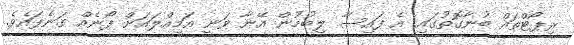
ރިޕޯޓްތައް ބުނާގޮތުގައި އެ ފައިސާ ލިބުމުން އޭނާ ވަނީ އަމިއްލައަށް ފޯނެއް ގަނެފައެވެ.